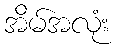
အိမ်အလုံး